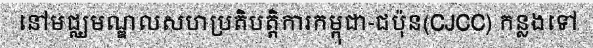
នៅមជ្ឈមណ្ឌលសហប្រតិបត្តិការកម្ពុជា-ជប៉ុន(CJCC) កន្លងទៅ